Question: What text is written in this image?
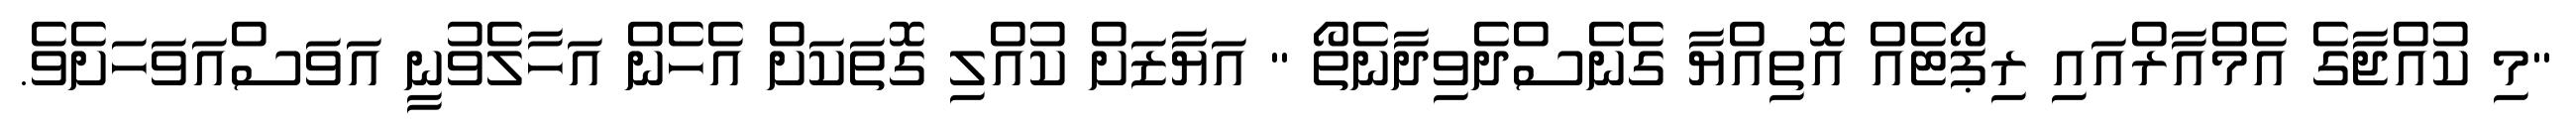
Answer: "މި ކުއްޖާގެ އެމްއާރްއައި ރިޕޯޓެއް އޮތިއްޔާ ގެނެސްދެވިދާނެތޯ " އަޔާޒަށް ކުއްލި ގޮތަކަށް އެހެން އަހާލެވުނީ އަވަސްއަވަހަށެވެ.